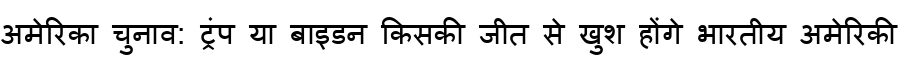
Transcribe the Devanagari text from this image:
अमेरिका चुनाव: ट्रंप या बाइडन किसकी जीत से खुश होंगे भारतीय अमेरिकी